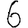
Digit: 6